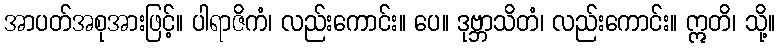
အာပတ်အစုအားဖြင့်။ ပါရာဇိကံ၊ လည်းကောင်း။ ပေ။ ဒုဗ္ဘာသိတံ၊ လည်းကောင်း။ ဣတိ၊ သို့။